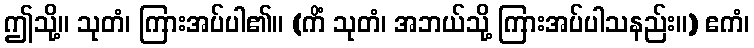
ဤသို့။ သုတံ၊ ကြားအပ်ပါ၏။ (ကိံ သုတံ၊ အဘယ်သို့ ကြားအပ်ပါသနည်း။) ဧကံ၊